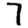
Digit: 7